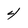
Character: 4